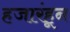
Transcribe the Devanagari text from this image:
हजारंहून